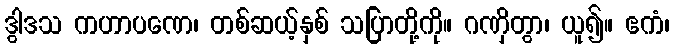
ဒွါဒသ ကဟာပဏေ၊ တစ်ဆယ့်နှစ် သပြာတို့ကို။ ဂဏှိတွာ၊ ယူ၍။ ဧကံ၊